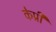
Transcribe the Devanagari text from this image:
केप्री